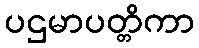
ပဌမာပတ္တိကာ